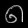
Digit: ၈